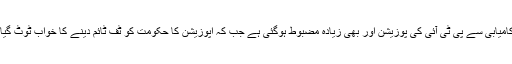
اس کامیابی سے پی ٹی آئی کی پوزیشن اور بھی زیادہ مضبوط ہوگئی ہے جب کہ اپوزیشن کا حکومت کو ٹف ٹائم دینے کا خواب ٹوٹ گیا ہے۔